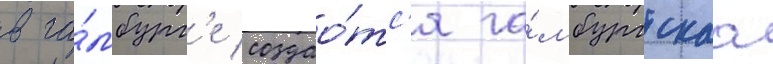
в га́мбург'е создао́тс'я га́мбургскаа